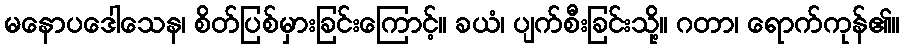
မနောပဒေါသေန၊ စိတ်ပြစ်မှားခြင်းကြောင့်။ ခယံ၊ ပျက်စီးခြင်းသို့။ ဂတာ၊ ရောက်ကုန်၏။